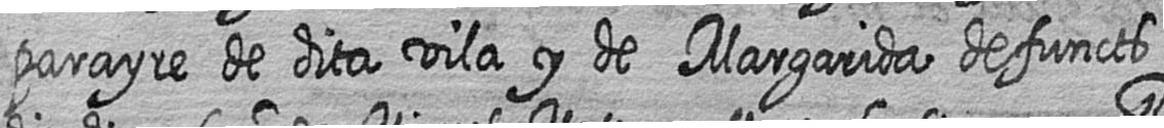
parayre de dita vila y de Margarida defuncts